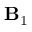
\mathbf { B } _ { 1 }